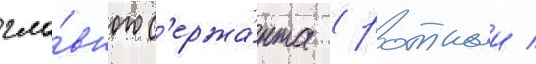
гла́вного с'ержа́нта (ротныи /